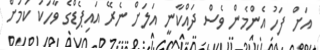
އަށް ފަހު އެންމެން ވެސް ދައްކާނީ އަލަށް ނެރޭ އައިޕެޑްގެ ވާހަކަ ކަމަށް